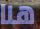
هنا